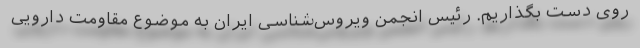
روی دست بگذاریم. رئیس انجمن ویروس‌شناسی ایران به موضوع مقاومت دارویی